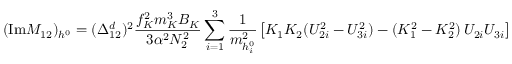
( \mathrm { I m } M _ { 1 2 } ) _ { h ^ { 0 } } = ( \Delta _ { 1 2 } ^ { d } ) ^ { 2 } \frac { f _ { K } ^ { 2 } m _ { K } ^ { 3 } B _ { K } } { 3 \alpha ^ { 2 } N _ { 2 } ^ { 2 } } \sum _ { i = 1 } ^ { 3 } \frac { 1 } { m _ { h _ { i } ^ { 0 } } ^ { 2 } } \left[ K _ { 1 } K _ { 2 } ( { \cal U } _ { 2 i } ^ { 2 } - { \cal U } _ { 3 i } ^ { 2 } ) - ( K _ { 1 } ^ { 2 } - K _ { 2 } ^ { 2 } ) \, { \cal U } _ { 2 i } { \cal U } _ { 3 i } \right]